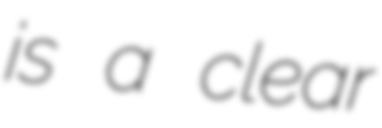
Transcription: is a clear